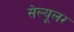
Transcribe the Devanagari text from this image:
सेल्‍यूलर